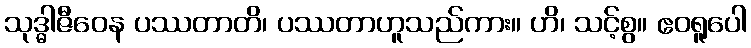
သုဒ္ဓါဇီဝေန ပဿတာတိ၊ ပဿတာဟူသည်ကား။ ဟိ၊ သင့်စွ။ ဧဝရူပေါ